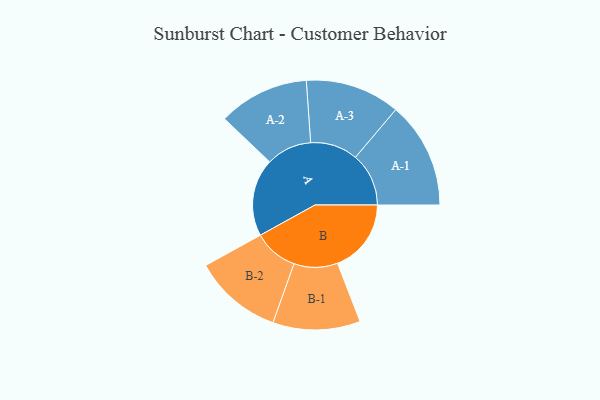
{"axis": {"x": "Segment", "y": "Value"}, "legend": ["", "A", "B"], "data": [{"x": "A", "y": 357, "type": ""}, {"x": "B", "y": 339, "type": ""}, {"x": "A-1", "y": 245, "type": "A"}, {"x": "A-2", "y": 209, "type": "A"}, {"x": "A-3", "y": 218, "type": "A"}, {"x": "B-1", "y": 201, "type": "B"}, {"x": "B-2", "y": 204, "type": "B"}]}